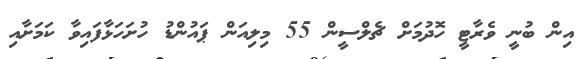
އިން ބުނީ ވެރާޓީ ހޮދުމަށް ޗެލްސީން 55 މިލިއަން ޕައުންޑު ހުށަހަޅާފައިވާ ކަމަށާއި